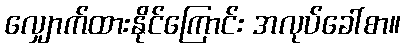
လျှောက်ထားနိုင်ကြောင်း အလုပ်ခေါ်စာ။